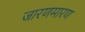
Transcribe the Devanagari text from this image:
जारणमारण